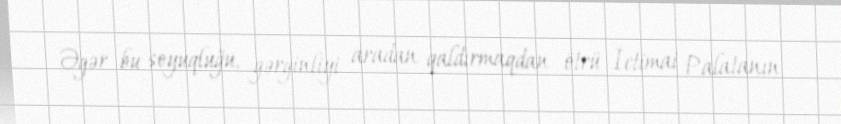
Əgər bu soyuqluğu, gərginliyi aradan qaldırmaqdan ötrü İctimai Palatanın